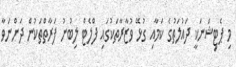
މި ޕެޓިޝަނަކީ ދައުލަތުގެ ކަމާއި ގުޅޭ ވުޒާރާތަކުގައި ފްލެޓް ލިބުނު ފަރާތްތަކުން ދަންނަވާ